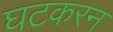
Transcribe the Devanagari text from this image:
घटकरन